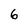
Character: 6